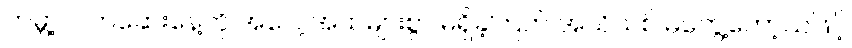
ကမ္ဘာ့လက်ဆေးနေ့ကို အလေ့အထများစွာ မရှိခဲ့ကြဘဲ အသိသစ် မတွေ့တော့သဖြင့်